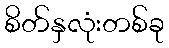
စိတ်နှလုံးတစ်ခု